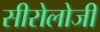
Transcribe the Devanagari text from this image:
सीरोलोजी